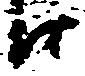
江